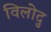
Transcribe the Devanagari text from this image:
विलोदु